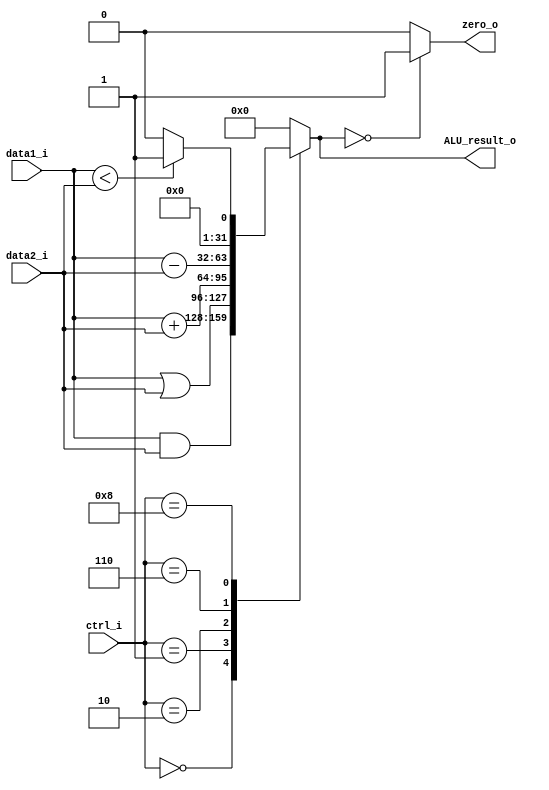
module ALU (
	input  [3:0]  ctrl_i,
	input  [31:0] data1_i,
	input  [31:0] data2_i,
	output [31:0] ALU_result_o,
	output 		  zero_o
);

reg [31:0] result_r;

assign ALU_result_o = result_r;
assign zero_o = (result_r == 32'b0) ? 1 : 0;

always @(*) begin
	case (ctrl_i)
		4'b0000: result_r = data1_i & data2_i;
		4'b0001: result_r = data1_i | data2_i;
		4'b0010: result_r = data1_i + data2_i;
		4'b0110: result_r = data1_i - data2_i;
		4'b1000: result_r = ($signed(data1_i) < $signed(data2_i)) ? 1 : 0;
		default: result_r = 32'b0;
	endcase
end

endmodule